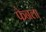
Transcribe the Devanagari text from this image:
फेनला